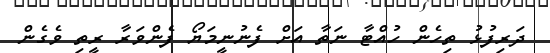
ދަރިފުޅު ތިހެން ހުއްޓާ ނަތާ އަށް ފެނުނީމަޔޯ ފެންވަރާ ރީތި ވެގެން